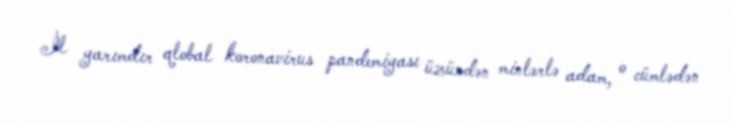
İl yarımdır qlobal koronavirus pandemiyası üzündən minlərlə adam, o cümlədən